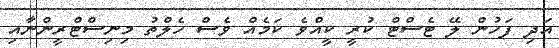
އަދި ފަހުން ލޭ ޓެސްޓް ކުރީ ކީއްވެ ކަމެއް ވެސް ހެލްތު މިނިސްޓްރީންނާއި